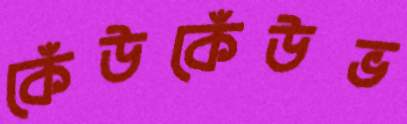
কেঁউকেঁউভ